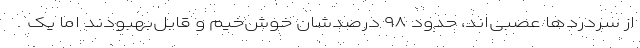
از سردردها عصبی‌اند، حدود ۹۸ درصدشان خوش‌خیم و قابل‌بهبودند اما یک